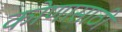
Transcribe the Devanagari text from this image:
कोणासाठी